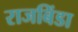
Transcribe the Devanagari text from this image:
राजबिंडा